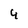
Character: 4